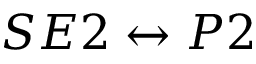
S E 2 \leftrightarrow P 2